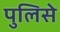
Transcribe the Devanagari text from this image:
पुलिसे